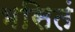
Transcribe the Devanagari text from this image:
भसितं